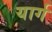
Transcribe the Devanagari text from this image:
यार्ग